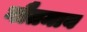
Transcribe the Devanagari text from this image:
गौतमाय